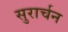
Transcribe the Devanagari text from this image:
सुरार्चन